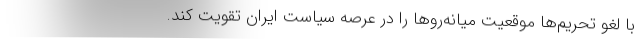
با لغو تحریم‌ها موقعیت میانه‌روها را در عرصه سیاست ایران تقویت کند.